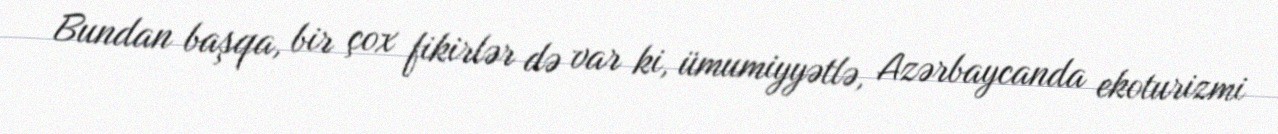
Bundan başqa, bir çox fikirlər də var ki, ümumiyyətlə, Azərbaycanda ekoturizmi